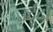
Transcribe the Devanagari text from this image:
उर्दूदाँ